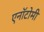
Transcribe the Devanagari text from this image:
एनॉटोमी